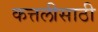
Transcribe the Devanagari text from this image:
कत्तलीसाठी